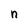
Character: n